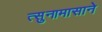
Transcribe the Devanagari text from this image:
त्सुनामासाने